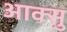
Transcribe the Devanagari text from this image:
आक्सु